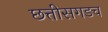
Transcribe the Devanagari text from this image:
छत्तीसगडच